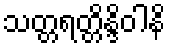
သတ္တရတ္တိန္ဒိဝါနိ